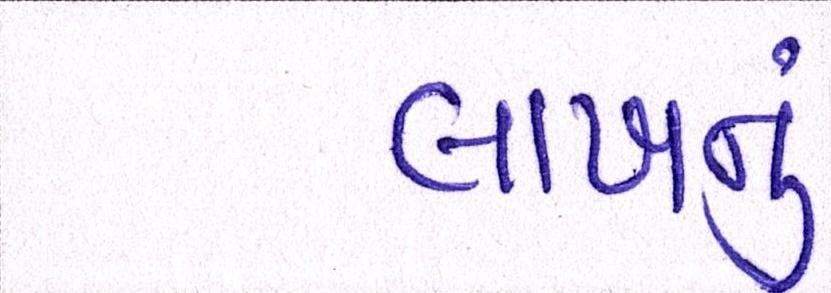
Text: લાખનું